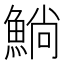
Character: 𫙥